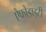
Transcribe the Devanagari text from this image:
ऐफ्रोडाइटी